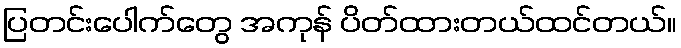
ပြတင်းပေါက်တွေ အကုန် ပိတ်ထားတယ်ထင်တယ်။